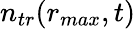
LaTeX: n_{tr}(r_{max},t)